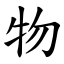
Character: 物